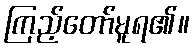
ကြည့်တော်မူရ၏။